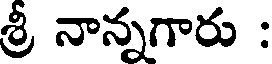
శ్రీ నాన్నగారు :